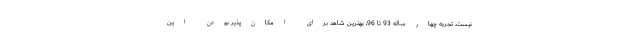
نیست. تجربه چهارساله 93 تا 96، بهترین شاهد برای امکان‌پذیر بودن این